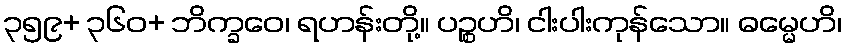
၃၅၉+ ၃၆၀+ ဘိက္ခဝေ၊ ရဟန်းတို့။ ပဉ္စဟိ၊ ငါးပါးကုန်သော။ ဓမ္မေဟိ၊